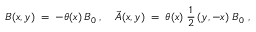
B ( x , y ) \; = \; - \theta ( x ) \, B _ { 0 } \; , \quad \vec { A } ( x , y ) \; = \; \theta ( x ) \; \frac { 1 } { 2 } \, ( y , - x ) \; B _ { 0 } \; ,